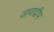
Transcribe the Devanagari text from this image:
जावाद्वीप